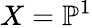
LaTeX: X=\mathbb{P}^{1}